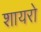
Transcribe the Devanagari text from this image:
शायरो